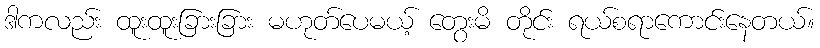
ဒါကလည်း ထူးထူးခြားခြား မဟုတ်ပေမယ့် တွေးမိ တိုင်း ရယ်စရာကောင်းနေတယ်။